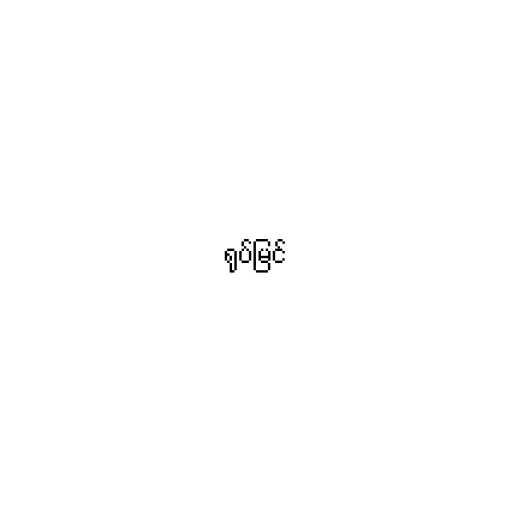
ရုပ်မြင်